Causation and prevention of malarial fevers: a statement of the results of researches drawn up for the use of assistant surgeons, hospital assistants and students
Disease focus: Malaria
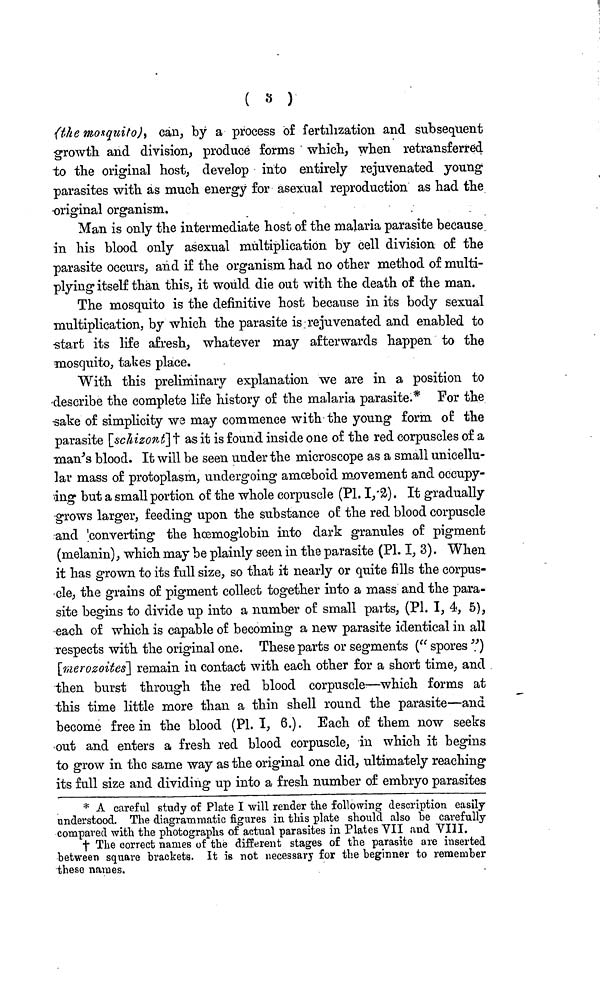
( 3 )
(the mosquito), can, by a process of fertilization and subsequent
growth and division, produce forms which, when retransferred
to the original host, develop into entirely rejuvenated young
parasites with as much energy for asexual reproduction as had the
•original organism.
Man is only the intermediate host of the malaria parasite because
in his blood only asexual multiplication by cell division of the
parasite occurs, and if the organism had no other method of multi-
plying itself than this, it would die out with the death of the man.
The mosquito is the definitive host because in its body sexual
multiplication, by which the parasite is rejuvenated and enabled to
start its life afresh, whatever may afterwards happen to the
mosquito, takes place.
With this preliminary explanation we are in a position to
•describe the complete life history of the malaria parasite.* For the
sake of simplicity we may commence with the young form of the
parasite [schizont]† as it is found inside one of the red corpuscles of a
man's blood. It will be seen under the microscope as a small unicellu-
lar mass of protoplasm, undergoing amœboid movement and occupy-
ing but a small portion of the whole corpuscle (Pl. I, 2). It gradually
-grows larger, feeding upon the substance of the red blood corpuscle
and converting the hœmoglobin into dark granules of pigment
(melanin), which may be plainly seen in the parasite (PI. I, 3). When
it has grown to its full size, so that it nearly or quite fills the corpus-
cle, the grains of pigment collect together into a mass and the para-
site begins to divide up into a number of small parts, (Pl. I, 4, 5),
•each of which is capable of becoming a new parasite identical in all
respects with the original one. These parts or segments (" spores ".)
[merozoites] remain in contact with each other for a short time, and
then burst through the red blood corpuscle—which forms at
this time little more than a thin shell round the parasite—and
become free in the blood (PI. I, 6.). Each of them now seeks
out and enters a fresh red blood corpuscle, in which it begins
to grow in the same way as the original one did, ultimately reaching
its full size and dividing up into a fresh number of embryo parasites
* A careful study of Plate I will render the following description easily
understood. The diagrammatic figures in this plate should also he carefully
compared with the photographs of actual parasites in Plates VII and VIII.
† The correct names of the different stages of the parasite are inserted
between square brackets. It is not necessary for the beginner to remember
these names.